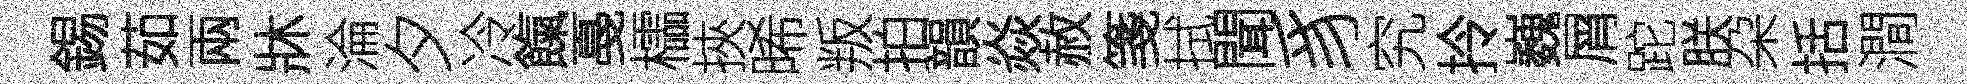
錫茹兩牀淪夕冷餼戞櫺挾晞叛拍韻焱赦箋拭聞豸究拎巍屑跎朕朶括澗